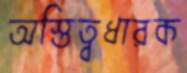
অস্তিত্বধারক